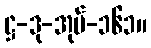
ဋ္ဌ-ဒု-အုပ်-၁၆၁။